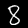
Label: 8